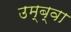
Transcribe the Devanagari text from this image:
उम्ब्वा